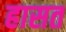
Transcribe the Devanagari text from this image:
हासत